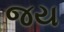
જય